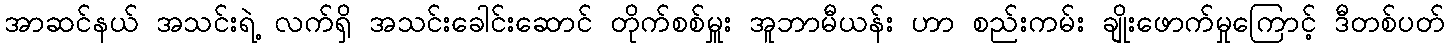
အာဆင်နယ် အသင်းရဲ့ လက်ရှိ အသင်းခေါင်းဆောင် တိုက်စစ်မှူး အူဘာမီယန်း ဟာ စည်းကမ်း ချိုးဖောက်မှုကြောင့် ဒီတစ်ပတ်